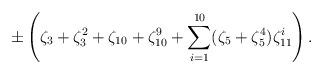
LaTeX: \begin{align*}\pm\left(\zeta_{3}+\zeta_{3}^{2}+\zeta_{10}+\zeta_{10}^{9}+\sum_{i=1}^{10}(\zeta_{5}+\zeta_{5}^{4})\zeta_{11}^{i}\right).\end{align*}